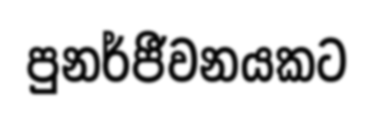
පුනර්ජීවනයකට